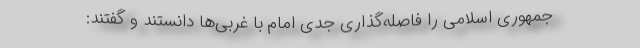
جمهوری اسلامی را فاصله‌گذاری جدی امام با غربی‌ها دانستند و گفتند: